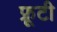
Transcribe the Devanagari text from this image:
फ़्रूटी